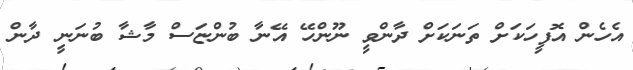
އެހެން އޮފީހަކަށް ތަނަކަށް ދާންވީ ނޫންހޭ އޭނާ ބުންޏަސް މާޝާ ބުނަނީ ދާން